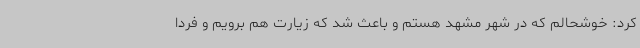
کرد: خوشحالم که در شهر مشهد هستم و باعث شد که زیارت هم برویم و فردا